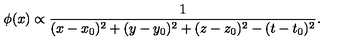
\phi ( x ) \propto { \frac { 1 } { ( x - x _ { 0 } ) ^ { 2 } + ( y - y _ { 0 } ) ^ { 2 } + ( z - z _ { 0 } ) ^ { 2 } - ( t - t _ { 0 } ) ^ { 2 } } } .